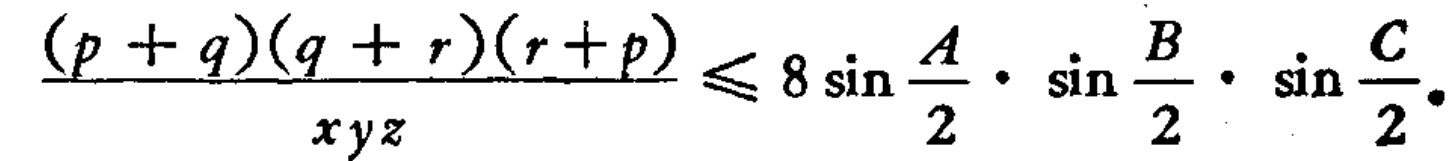
\frac{(p + q)(q + r)(r + p)}{xyz} \leq 8\sin\frac{A}{2} \cdot \sin\frac{B}{2} \cdot \sin\frac{C}{2}